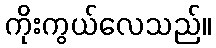
ကိုးကွယ်လေသည်။